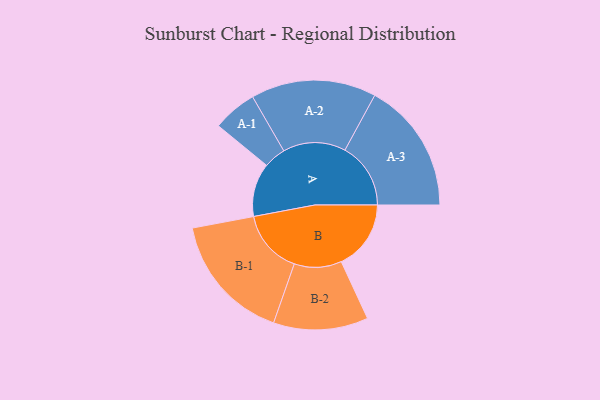
{"axis": {"x": "Segment", "y": "Value"}, "legend": ["", "A", "B"], "data": [{"x": "A", "y": 244, "type": ""}, {"x": "B", "y": 318, "type": ""}, {"x": "A-1", "y": 101, "type": "A"}, {"x": "A-2", "y": 286, "type": "A"}, {"x": "A-3", "y": 300, "type": "A"}, {"x": "B-1", "y": 293, "type": "B"}, {"x": "B-2", "y": 216, "type": "B"}]}